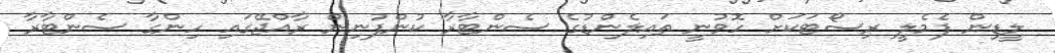
ލީޑިން ފެމެލީ ރިސޯޓަކަށް ހޮވުނީ ތައިލެންޑުގެ ސެންޓާރާ ކުންފުނިން ރާއްޖޭގައި ހިންގާ ސެންޓާރާ